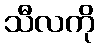
သီလကို